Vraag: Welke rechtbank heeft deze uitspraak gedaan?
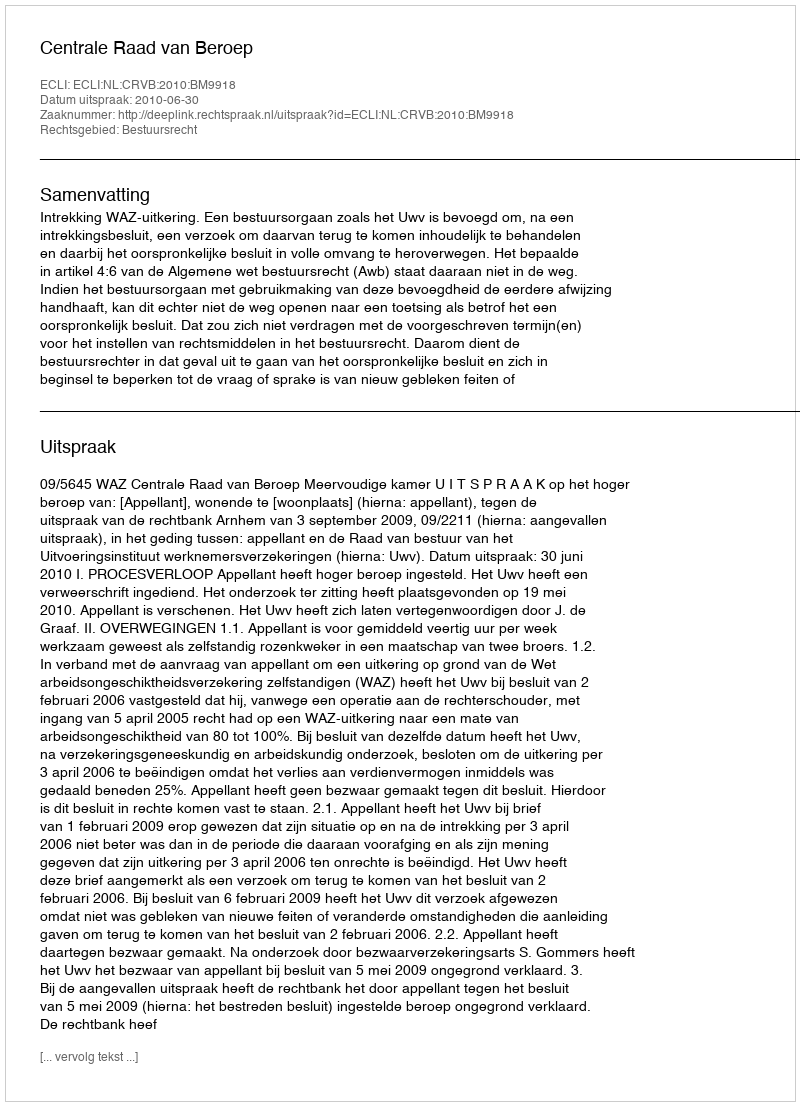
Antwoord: Centrale Raad van Beroep